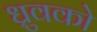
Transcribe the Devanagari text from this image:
ध्रुवको